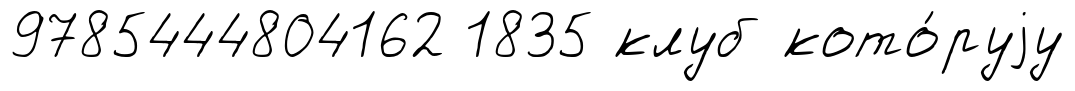
9785444804162 1835 клуб кото́руjу